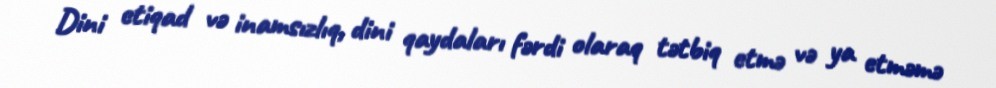
Dini etiqad və inamsızlıq, dini qaydaları fərdi olaraq tətbiq etmə və ya etməmə